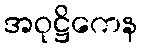
အဝုဋ္ဌိကေန